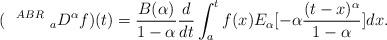
LaTeX: \begin{align*} ( ~~^{ABR}~_{a}D^\alpha f)(t)=\frac{B(\alpha)}{1-\alpha}\frac{d}{dt} \int_a^t f(x)E_\alpha[-\alpha \frac{(t-x)^\alpha}{1-\alpha}]dx.\end{align*}